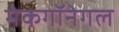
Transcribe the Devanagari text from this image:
मेकगॉनेगल